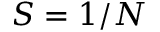
S = 1 / N